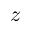
z